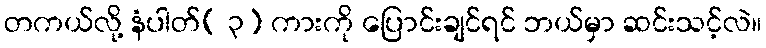
တကယ်လို့ နံပါတ်( ၃) ကားကို ပြောင်းချင်ရင် ဘယ်မှာ ဆင်းသင့်လဲ။